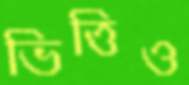
ভিত্তিও